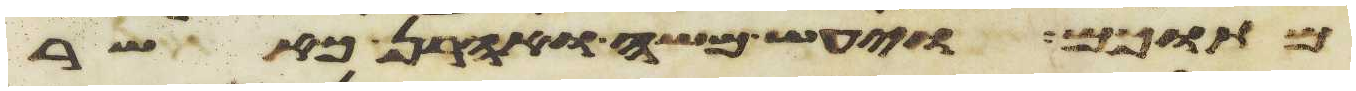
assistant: מתוכם ויעש משה ואהרן כאשר